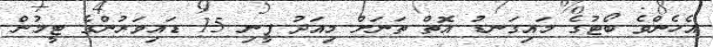
އެހެންވެ ބޯޓުގެ މައިގަނޑު އޮތް ތަނަށް މިއަދު ފީނި 15 ޑައިވަރުންގެ ޓީމުން